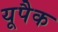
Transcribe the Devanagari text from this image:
यूपैक